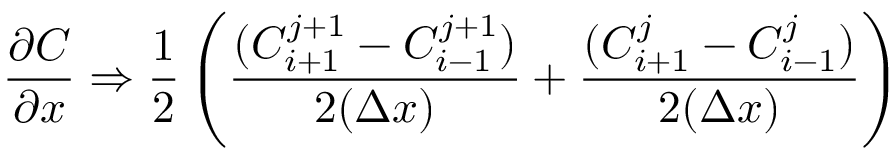
{ \frac { \partial C } { \partial x } } \Rightarrow { \frac { 1 } { 2 } } \left( { \frac { ( C _ { i + 1 } ^ { j + 1 } - C _ { i - 1 } ^ { j + 1 } ) } { 2 ( \Delta x ) } } + { \frac { ( C _ { i + 1 } ^ { j } - C _ { i - 1 } ^ { j } ) } { 2 ( \Delta x ) } } \right)